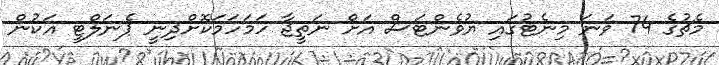
މެޗުގެ 74 ވަނަ މިނެޓުގައި ޔުވެންޓަސް އަށް ނަތީޖާ ހަމަހަމަކޮށްދިނީ ޕެނަލްޓީ އަކުން